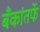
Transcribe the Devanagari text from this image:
बँकांतर्फे